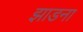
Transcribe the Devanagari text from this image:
झाडना